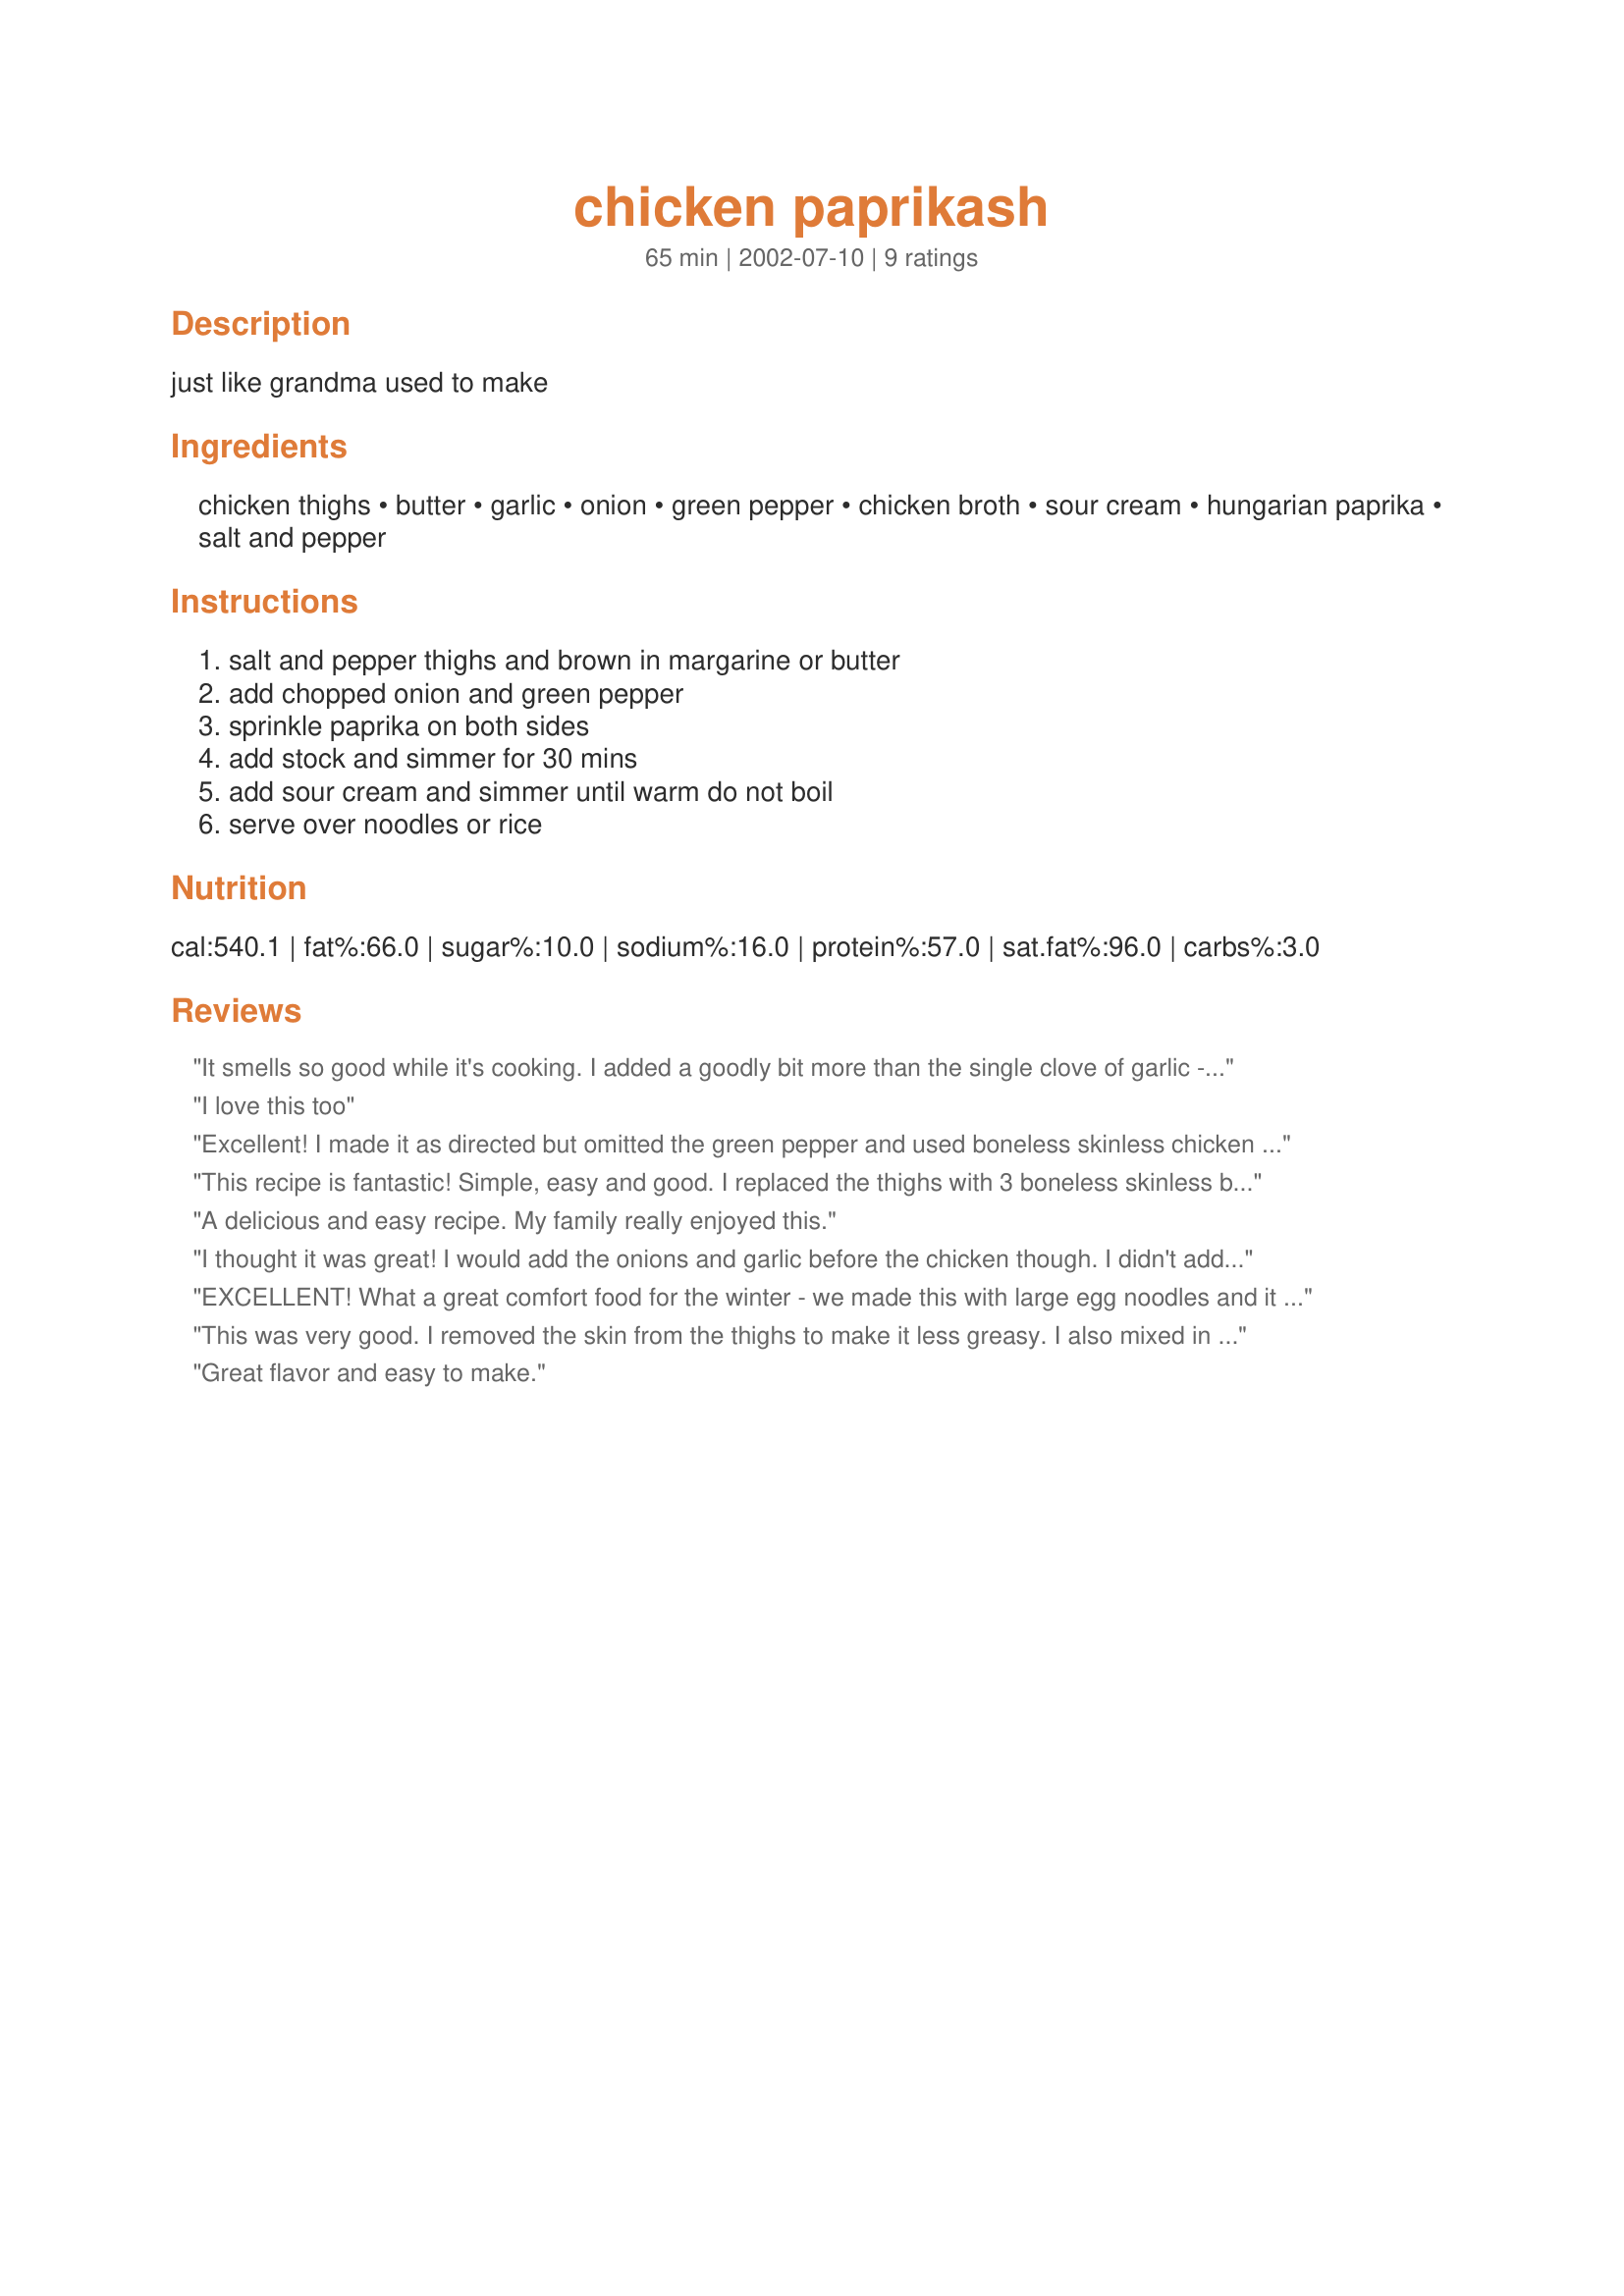
chicken paprikash
Preparation time: 65 minutes

just like grandma used to make

Ingredients:
chicken thighs, butter, garlic, onion, green pepper, chicken broth, sour cream, hungarian paprika, salt and pepper

Steps:
salt and pepper thighs and brown in margarine or butter, add chopped onion and green pepper, sprinkle paprika on both sides, add stock and simmer for 30 mins, add sour cream and simmer until warm do not boil, serve over noodles or rice

Reviews:
It smells so good while it's cooking. I added a goodly bit more than the single clove of garlic - I added a few spoons-full of minced garlic.
I love this too
Excellent! I made it as directed but omitted the green pepper and used boneless skinless chicken breast. Tasted great! Thanks!
This recipe is fantastic! Simple, easy and good. I replaced the thighs with 3 boneless skinless breasts, cut into strips and the bell pepper with mushroom. I upped the garlic and substituted some of the paprika for hotter chile powder (about 2tsp of mixed Ancho, New Mexico and Chipotle). Because I used sliced breasts it only took a minute or two to simmer so I reduced the amount of broth. This is so, so good! A new addition to my regular dinners, that's for sure :)
A delicious and easy recipe. My family really enjoyed this.
I thought it was great! I would add the onions and garlic before the chicken though. I didn't add peppers either
EXCELLENT! What a great comfort food for the winter - we made this with large egg noodles and it was fantastic!
This was very good. I removed the skin from the thighs to make it less greasy. I also mixed in a couple tablespoons of flour to thicken up the sauce. Thanks for sharing.
Great flavor and easy to make.
